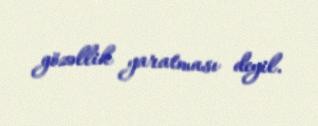
gözəllik yaratması deyil.